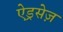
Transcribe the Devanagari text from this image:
ऐड्रसेज़